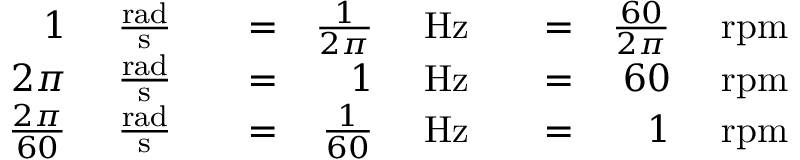
{ \begin{array} { r l r l r l r l r l } { 1 ~ } & { { \frac { \mathrm { r a d } } { \mathrm { s } } } } & & { = } & { { \frac { 1 } { 2 \pi } } ~ } & { { \mathrm { H z } } } & & { = } & { { \frac { 6 0 } { 2 \pi } } ~ } & { { \mathrm { r p m } } } \\ { 2 \pi ~ } & { { \frac { \mathrm { r a d } } { \mathrm { s } } } } & & { = } & { 1 ~ } & { { \mathrm { H z } } } & & { = } & { 6 0 ~ } & { { \mathrm { r p m } } } \\ { { \frac { 2 \pi } { 6 0 } } ~ } & { { \frac { \mathrm { r a d } } { \mathrm { s } } } } & & { = } & { { \frac { 1 } { 6 0 } } ~ } & { { \mathrm { H z } } } & & { = } & { 1 ~ } & { { \mathrm { r p m } } } \end{array} }